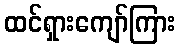
ထင်ရှားကျော်ကြား